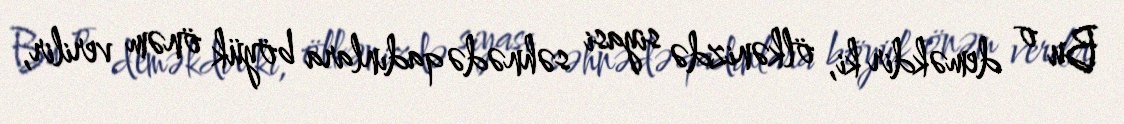
Bu o deməkdir ki, ölkənizdə siyasi səhnədə qadınlara böyük önəm verilir,